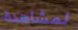
لمشاهدة